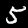
Label: 5